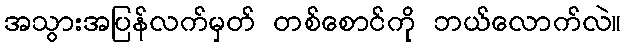
အသွားအပြန်လက်မှတ် တစ်စောင်ကို ဘယ်လောက်လဲ။